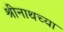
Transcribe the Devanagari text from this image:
श्रीनाथच्या